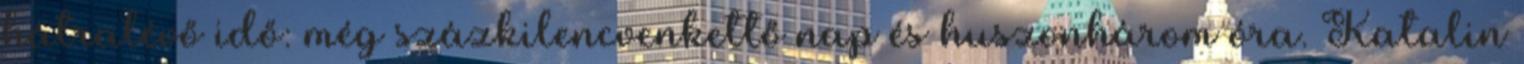
hátralévő idő: még százkilencvenkettő nap és huszonhárom óra. Katalin